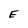
Character: E